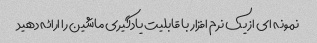
نمونه ای از یک نرم افزار با قابلیت یادگیری ماشین را ارائه دهید